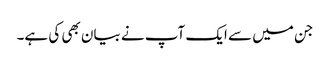
جن میں‌ سے ایک آپ نے بیان بھی کی ہے۔